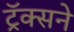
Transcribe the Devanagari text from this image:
ट्रॅक्सने